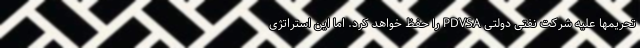
تحریمها علیه شرکت نفتی دولتی PDVSA را حفظ خواهد کرد. اما این استراتژی